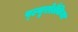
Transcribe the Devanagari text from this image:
प्ल्यूरोब्रैकिया